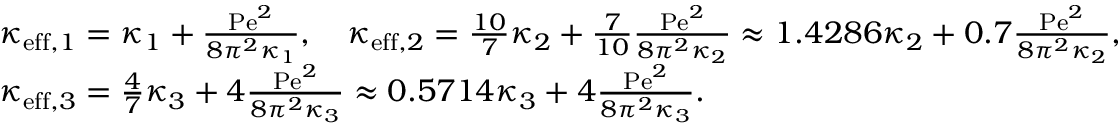
\begin{array} { r l } & { \kappa _ { \mathrm { e f f } , 1 } = \kappa _ { 1 } + \frac { \mathrm { P e } ^ { 2 } } { 8 \pi ^ { 2 } \kappa _ { 1 } } , \quad \kappa _ { \mathrm { e f f } , 2 } = \frac { 1 0 } { 7 } \kappa _ { 2 } + \frac { 7 } { 1 0 } \frac { \mathrm { P e } ^ { 2 } } { 8 \pi ^ { 2 } \kappa _ { 2 } } \approx 1 . 4 2 8 6 \kappa _ { 2 } + 0 . 7 \frac { \mathrm { P e } ^ { 2 } } { 8 \pi ^ { 2 } \kappa _ { 2 } } , } \\ & { \kappa _ { \mathrm { e f f } , 3 } = \frac { 4 } { 7 } \kappa _ { 3 } + 4 \frac { \mathrm { P e } ^ { 2 } } { 8 \pi ^ { 2 } \kappa _ { 3 } } \approx 0 . 5 7 1 4 \kappa _ { 3 } + 4 \frac { \mathrm { P e } ^ { 2 } } { 8 \pi ^ { 2 } \kappa _ { 3 } } . } \end{array}